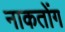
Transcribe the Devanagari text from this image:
नाकतोंग